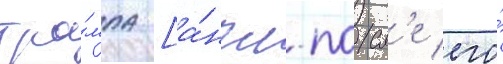
тра́мпа [а́нгл. посл'е его́